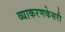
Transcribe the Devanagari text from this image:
व्याकरणकेसरी